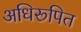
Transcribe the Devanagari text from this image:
अधिरूपित